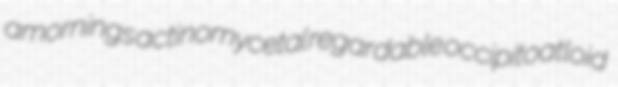
amornings actinomycetal regardable occipitoatloid